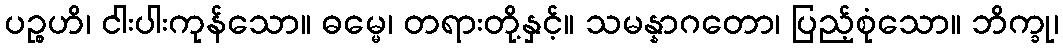
ပဉ္စဟိ၊ ငါးပါးကုန်သော။ ဓမ္မေ၊ တရားတို့နှင့်။ သမန္နာဂတော၊ ပြည့်စုံသော။ ဘိက္ခု၊